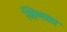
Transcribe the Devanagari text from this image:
सिमसा